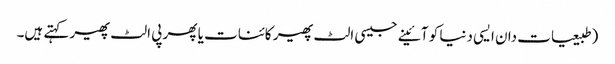
(طبیعیات دان ایسی دنیا کو آئینے جیسی الٹ پھیر کائنات یا پھر پی الٹ پھیر کہتے ہیں۔